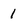
Character: 1